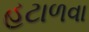
હટાળવા